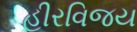
હીરવિજય